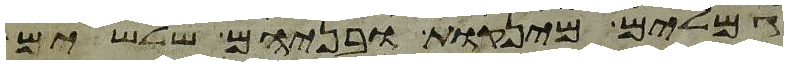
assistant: גמלים מינקות ובניהם שלשים